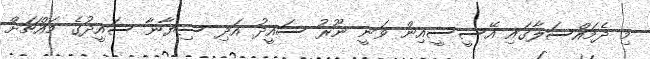
މި ދެމައްސަލާގައި އޭސީސީއިން ވަނީ ނޫރު ސައީދު އަދި ސިޔާނާ ސައީދުގެ މައްޗަށް